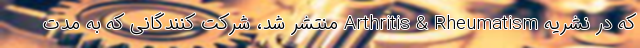
که در نشریه Arthritis & Rheumatism منتشر شد، شرکت کنندگانی که به مدت